Civil Veterinary Dept. Bombay admin report 1932-41 - 1932-1941
Year: 1932
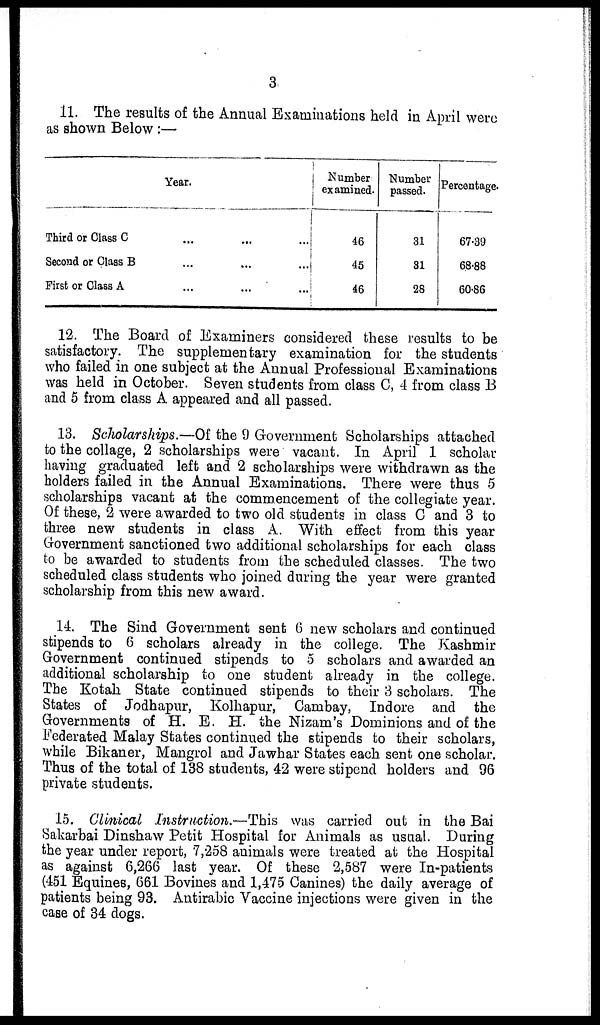
3
11. The results of the Annual Examinations held in April were
as shown Below :—
Year.
Third or Class C ... ... ...
Second or Class B
...
...
...
First or Class A
...
... ...
Number
examined.
46
45
46
Number
passed.
31
31
28
Percentage.
67.39
68.88
60.86
12. The Board of Examiners considered these results to be
satisfactory. The supplementary examination for the students
who failed in one subject at the Annual Professional Examinations
was held in October. Seven students from class C, 4 from class B
and 5 from class A appeared and all passed.
13. Scholarships.—Of the 9 Government Scholarships attached
to the collage, 2 scholarships were vacant. In April 1 scholar
having graduated left and 2 scholarships were withdrawn as the
holders failed in the Annual Examinations. There were thus 5
scholarships vacant at the commencement of the collegiate year.
Of these, 2 were awarded to two old students in class C and 3 to
three new students in class A. With effect from this year
Government sanctioned two additional scholarships for each class
to be awarded to students from the scheduled classes. The two
scheduled class students who joined during the year were granted
scholarship from this new award.
14. The Sind Government sent 6 new scholars and continued
stipends to 6 scholars already in the college. The Kashmir
Government continued stipends to 5 scholars and awarded an
additional scholarship to one student already in the college.
The Kotah State continued stipends to their 3 scholars. The
States of Jodhapur, Kolhapur, Cambay, Indore and the
Governments of H. E. H. the Nizam's Dominions and of the
Federated Malay States continued the stipends to their scholars,
while Bikaner, Mangrol and Jawhar States each sent one scholar.
Thus of the total of 138 students, 42 were stipend holders and 96
private students.
15. Clinical Instruction.—This was carried out in the Bai
Sakarbai Dinshaw Petit Hospital for Animals as usual. During
the year under report, 7,258 animals were treated at the Hospital
as against 6,266 last year. Of these 2,587 were In-patients
(451 Equines, 661 Bovines and 1,475 Canines) the daily average of
patients being 93. Antirabic Vaccine injections were given in the
case of 34 dogs.